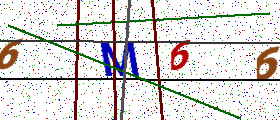
Text: 6M66